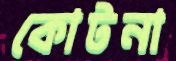
কোটনা